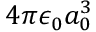
4 \pi \epsilon _ { 0 } a _ { 0 } ^ { 3 }